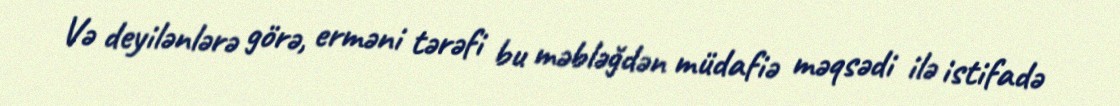
Və deyilənlərə görə, erməni tərəfi bu məbləğdən müdafiə məqsədi ilə istifadə